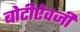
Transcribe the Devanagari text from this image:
बोटीऐवजी